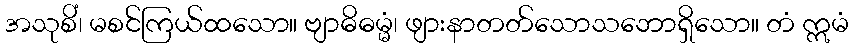
အသုစိံ၊ မစင်ကြယ်ထသော။ ဗျာဓိဓမ္မံ၊ ဖျားနာတတ်သောသဘောရှိသော။ တံ ဣမံ